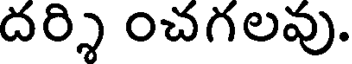
దర్శి ౦చగలవు.